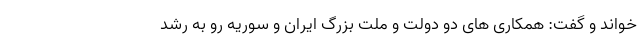
خواند و گفت: همکاری های دو دولت و ملت بزرگ ایران و سوریه رو به رشد